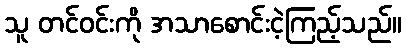
သူ တင်ဝင်းကို အသာစောင်းငဲ့ကြည့်သည်။